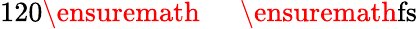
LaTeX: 120\ensuremath{\mathrm{~\textrm~{~\, ~}~}}\ensuremath{\mathrm{fs}}